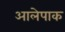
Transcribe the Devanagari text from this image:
आलेपाक